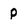
Character: p